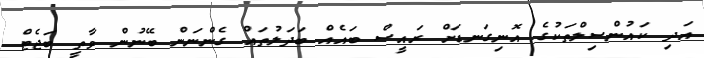
އަދި ކައުންސިލްތަކުގެ އޮނިގަނޑަށް ރައީސް ބައެއް ބަދަލުތައް ގެންނަން ބޭނުން ވާތީ ބަޖެޓް